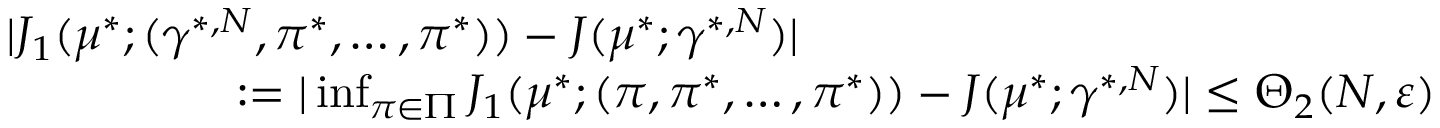
\begin{array} { r l } & { | J _ { 1 } ( \mu ^ { * } ; ( \gamma ^ { * , N } , \pi ^ { * } , \ldots , \pi ^ { * } ) ) - J ( \mu ^ { * } ; \gamma ^ { * , N } ) | } \\ & { \phantom { x x x x x x x x x } : = | \operatorname* { i n f } _ { \pi \in \Pi } J _ { 1 } ( \mu ^ { * } ; ( \pi , \pi ^ { * } , \ldots , \pi ^ { * } ) ) - J ( \mu ^ { * } ; \gamma ^ { * , N } ) | \leq \Theta _ { 2 } ( N , \varepsilon ) } \end{array}